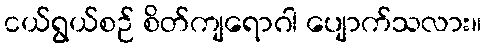
ငယ်ရွယ်စဉ် စိတ်ကျရောဂါ ပျောက်သလား။